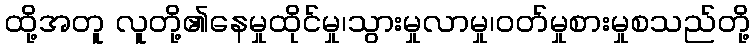
ထို့အတူ လူတို့၏နေမှုထိုင်မှု၊သွားမှုလာမှု၊ဝတ်မှုစားမှုစသည်တို့